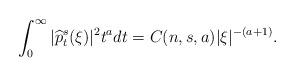
LaTeX: \begin{align*} \int_0^\infty|\widehat{p}_t^s(\xi)|^2t^{a}dt =C(n,s,a) |\xi|^{-(a+1)}.\end{align*}